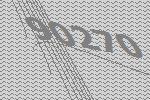
90270